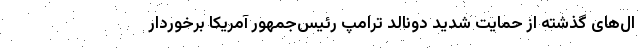
ال‌های گذشته از حمایت شدید دونالد ترامپ رئیس‌جمهور آمریکا برخوردار